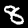
Digit: 8